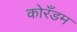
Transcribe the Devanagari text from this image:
कोरँडम